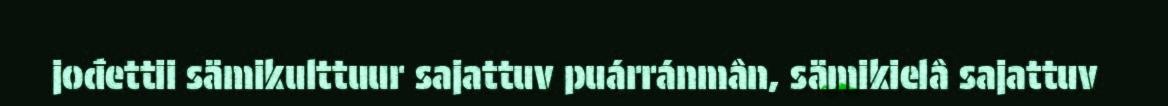
jođettii sämikulttuur sajattuv puárránmân, sämikielâ sajattuv